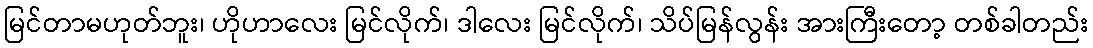
မြင်တာမဟုတ်ဘူး၊ ဟိုဟာလေး မြင်လိုက်၊ ဒါလေး မြင်လိုက်၊ သိပ်မြန်လွန်း အားကြီးတော့ တစ်ခါတည်း